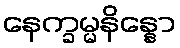
နေက္ခမ္မနိန္နော